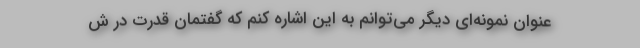
عنوان نمونه‌ای دیگر می‌توانم به این اشاره کنم که گفتمان قدرت در ش